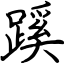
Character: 蹊